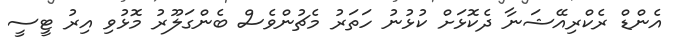
އެންޑް ރެކްރިއޭޝަނާ ދެކޮޅަށް ކުޅުނު ހަތަރު މެޗުންވެސް ބެންގަލޫރު މޮޅުވި އިރު ޓީސީ